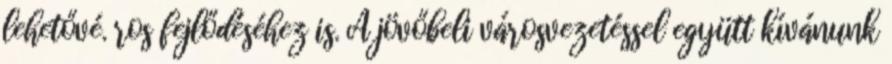
lehetővé. ros fejlődéséhez is. A jövőbeli városvezetéssel együtt kívánunk